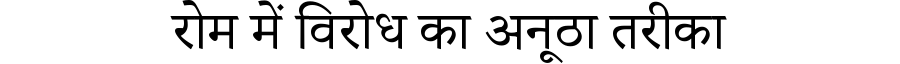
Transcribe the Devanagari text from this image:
रोम में विरोध का अनूठा तरीका